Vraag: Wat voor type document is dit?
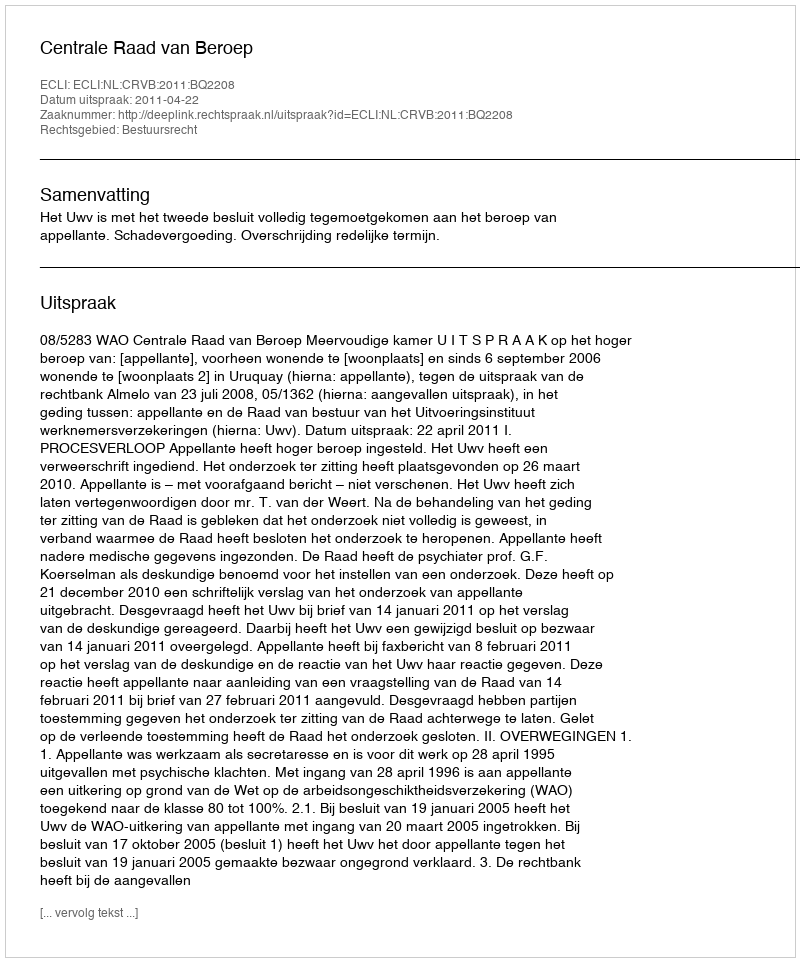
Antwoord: Uitspraak